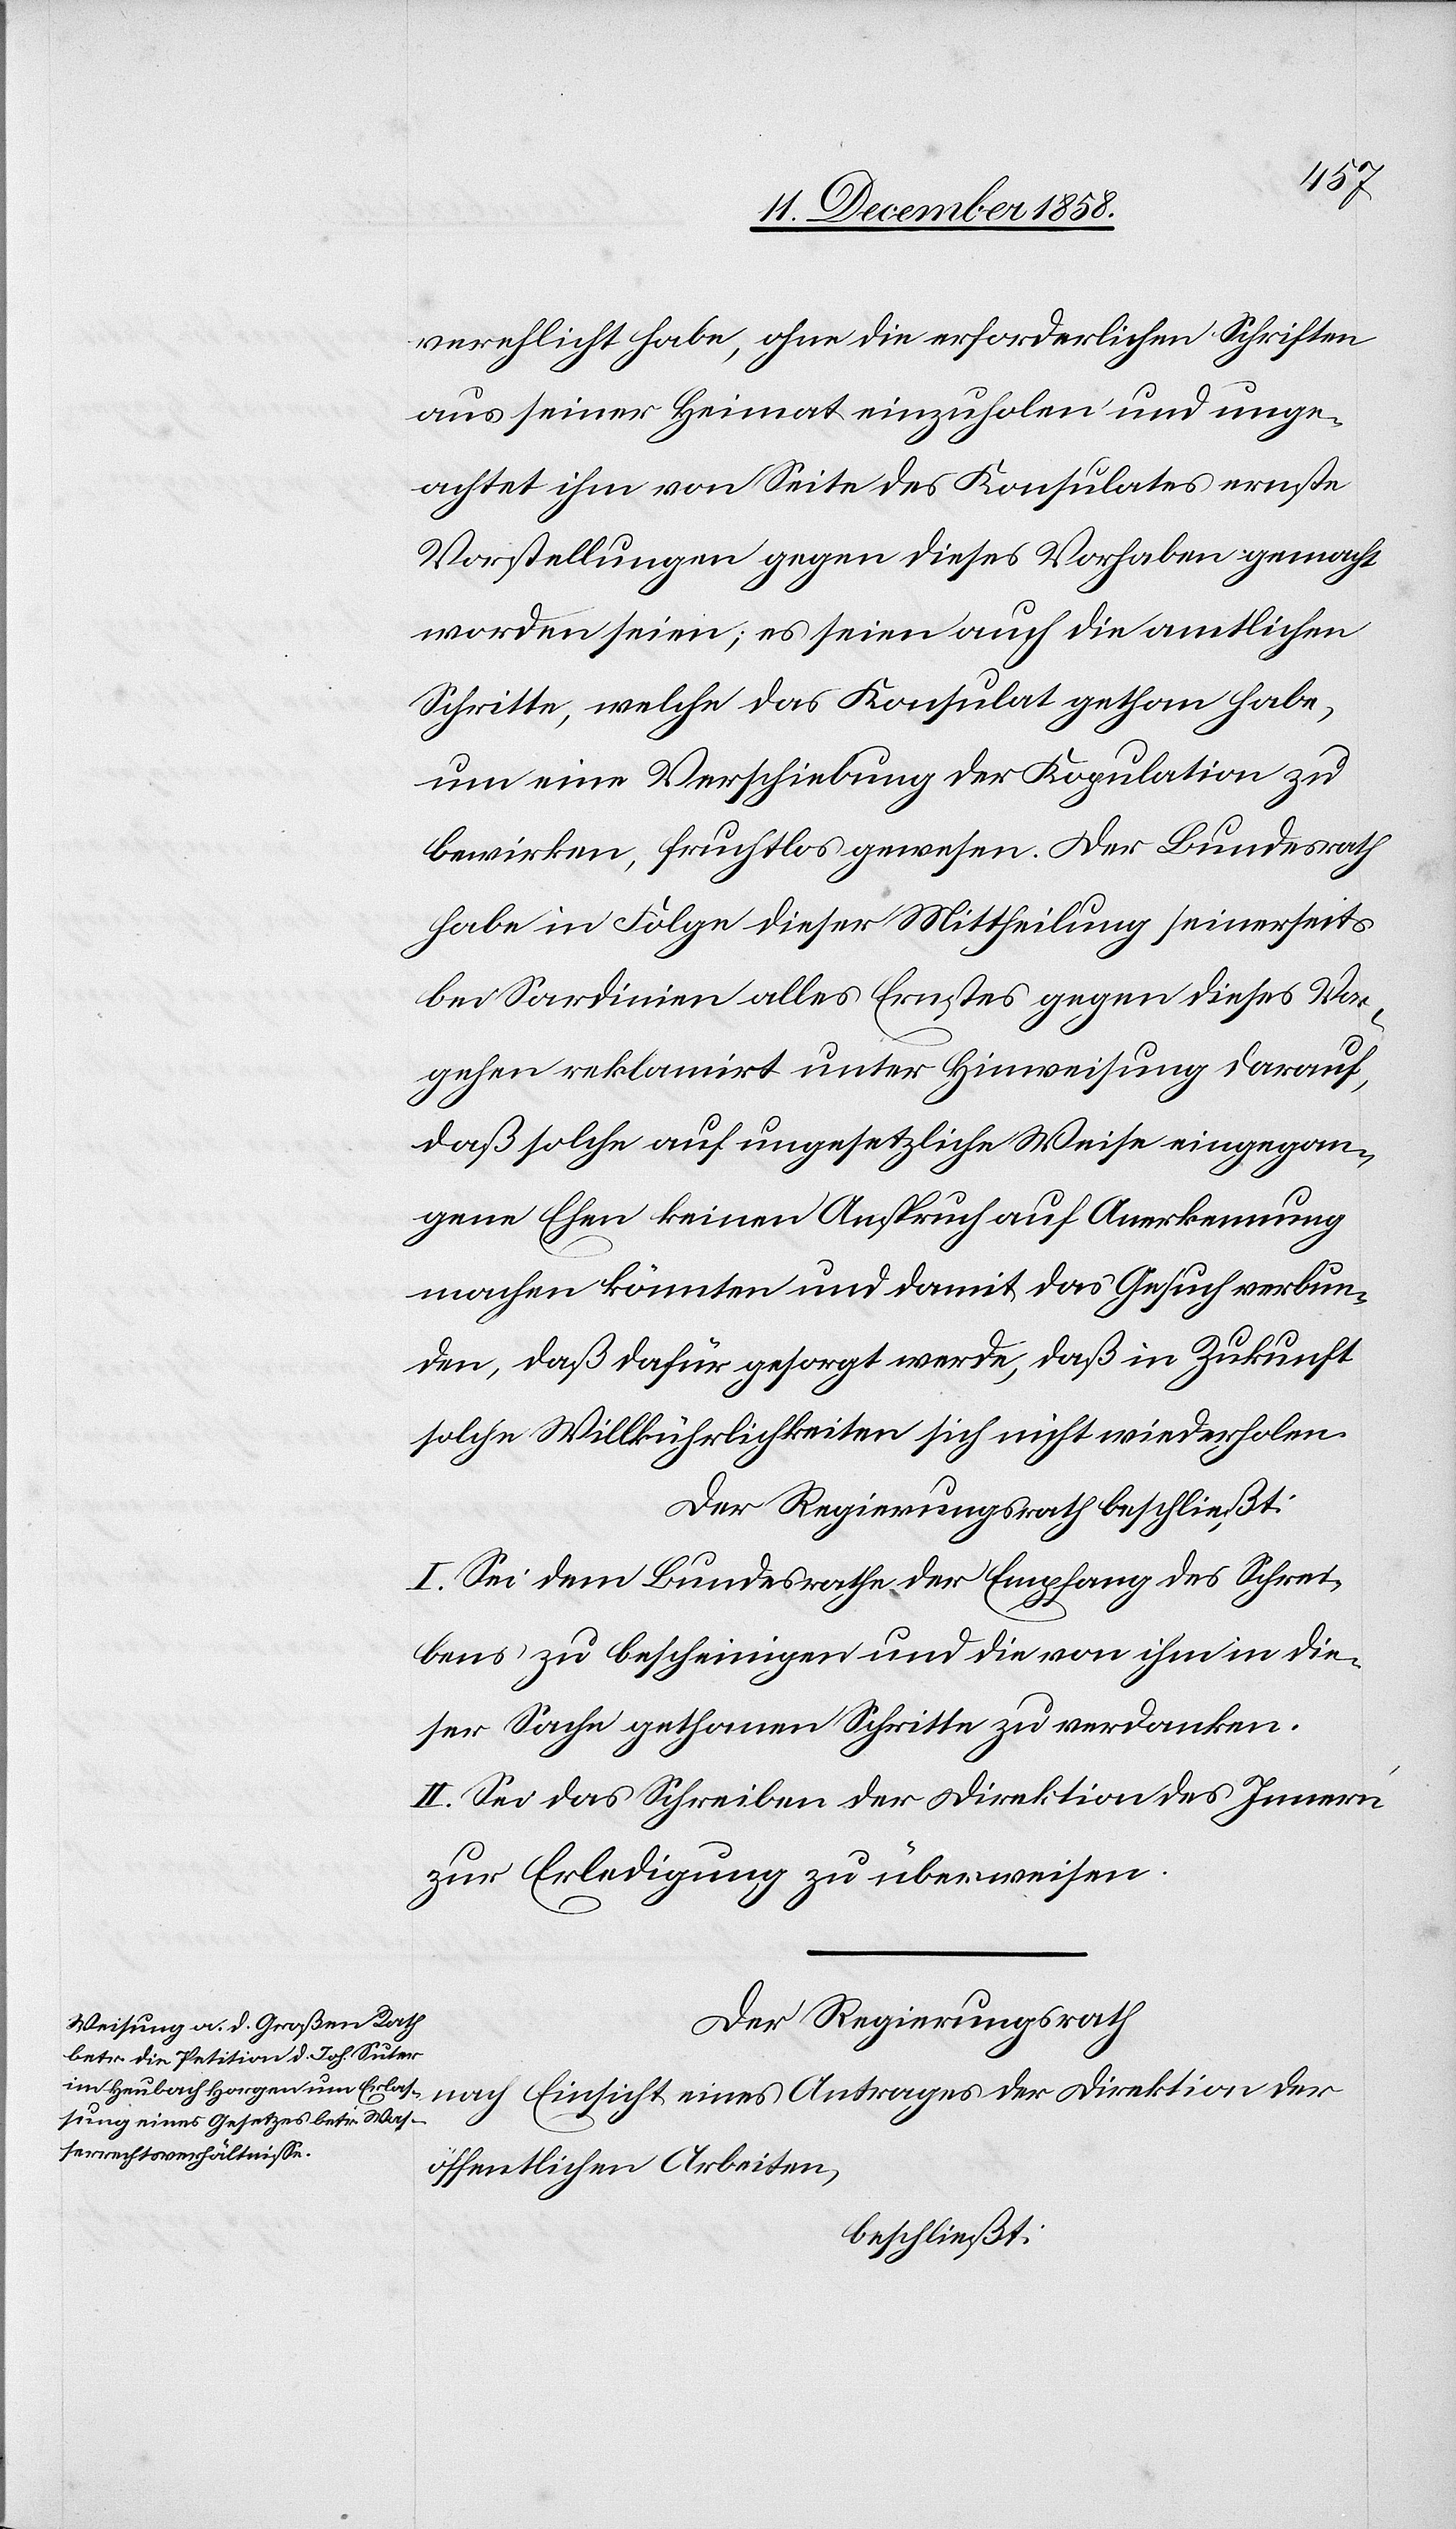
verehlicht habe, ohne die erforderlichen Schriften
aus seiner Heimat einzuholen und unge¬
achtet ihm von Seite des Konsulates ernste
Vorstellungen gegen dieses Vorhaben gemacht
worden seien; es seien auch die amtlichen
Schritte, welche das Konsulat gethan habe,
um eine Verschiebung der Kopulation zu
bewirken, fruchtlos gewesen. Der Bundesrath
habe in Folge dieser Mittheilung seinerseits
bei Sardinien alles Ernstes gegen dieses Vor¬
gehen reklamirt unter Hinweisung darauf,
daß solche auf ungesetzliche Weise eingegan¬
gene Ehen keinen Anspruch auf Anerkennung
machen könnten und damit das Gesuch verbun¬
den, daß dafür gesorgt werde, daß in Zukunft
solche Willkührlichkeiten sich nicht wiederholen.
Der Regierungsrath beschließt:
I. Sei dem Bundesrathe der Empfang des Schrei¬
bens zu bescheinigen und die von ihm in die¬
ser Sache gethanen Schritte zu verdanken.
II. Sei das Schreiben der Direktion des Innern
zur Erledigung zu überweisen.
Der Regierungsrath
nach Einsicht eines Antrages der Direktion der
öffentlichen Arbeiten,
beschließt: